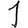
Digit: 1